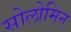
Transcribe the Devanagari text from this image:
सोलोमिन